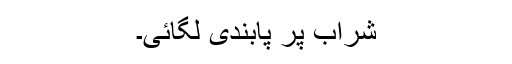
شراب پر پابندی لگائی۔